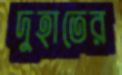
দুহাতের